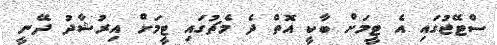
ސްޓޭޖުގައި އެ ޓީމަށް ބާކީ އޮތް ދެ މެޗުގައި ޓީމަށް އިރުޝާދު ދޭނީ